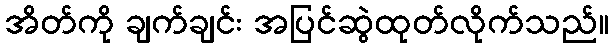
အိတ်ကို ချက်ချင်း အပြင်ဆွဲထုတ်လိုက်သည်။